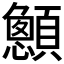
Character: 𮨞